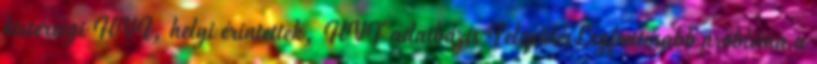
kistérségi HVI, helyi érintettek, HVT adatbázis TelepülésLegfontosabb probléma a